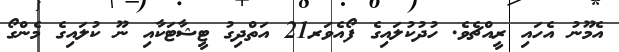
އެމޫނު އެހައި ރީއްޗެވެ. ހުދުކުލައިގެ ފޯއެވަރ21 އަތްދިގު ޓީޝާޓަކާއި ނޫ ކުލައިގެ މެންގޯ